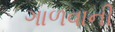
ગાળવાની